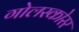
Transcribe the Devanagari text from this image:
गोलस्कोरर